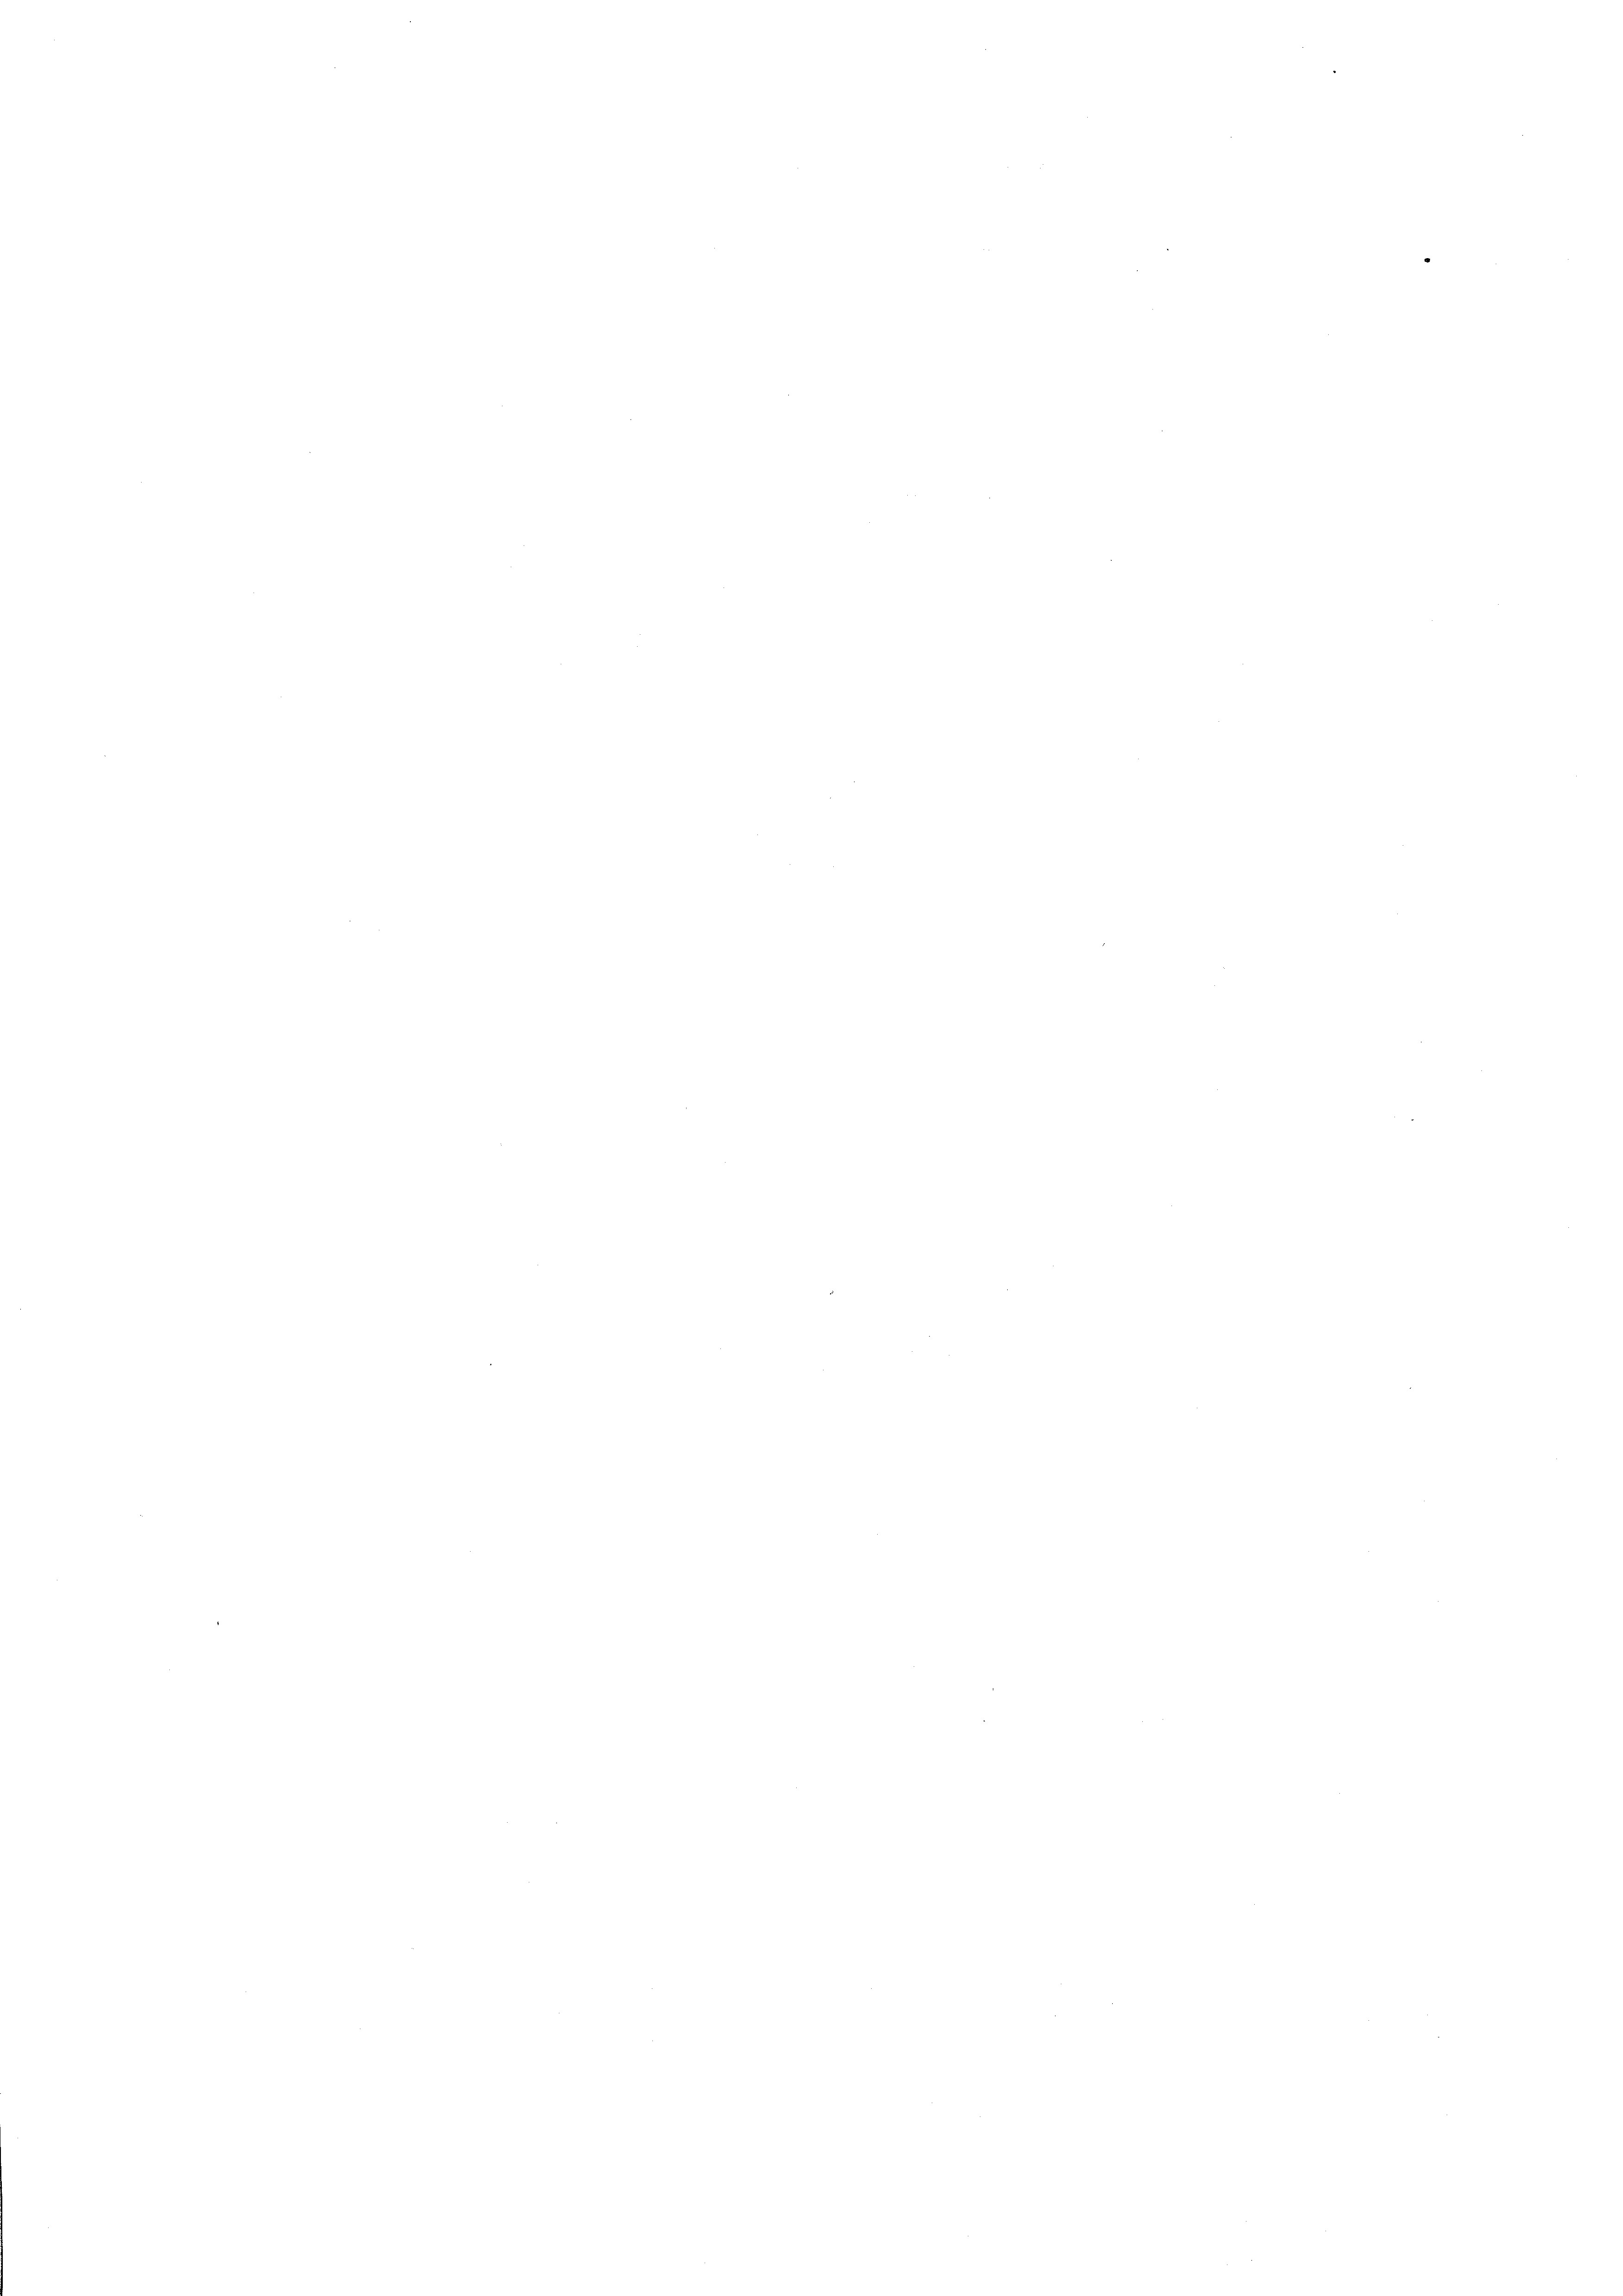
.

e

e

e

e

e

e
e

e

e

e

e
e